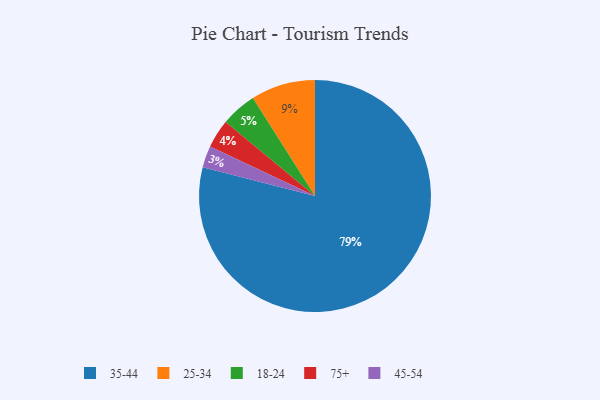
{"axis": {"x": "Category", "y": "Percentage"}, "legend": ["18-24", "25-34", "35-44", "45-54", "75+"], "data": [{"x": "25-34", "y": 9, "type": "25-34"}, {"x": "75+", "y": 4, "type": "75+"}, {"x": "18-24", "y": 5, "type": "18-24"}, {"x": "35-44", "y": 79, "type": "35-44"}, {"x": "45-54", "y": 3, "type": "45-54"}]}